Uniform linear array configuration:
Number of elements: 4
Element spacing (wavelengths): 1
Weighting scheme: blackman
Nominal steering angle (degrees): -15
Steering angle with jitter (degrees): -16.414
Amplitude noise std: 0.05
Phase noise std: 0.05

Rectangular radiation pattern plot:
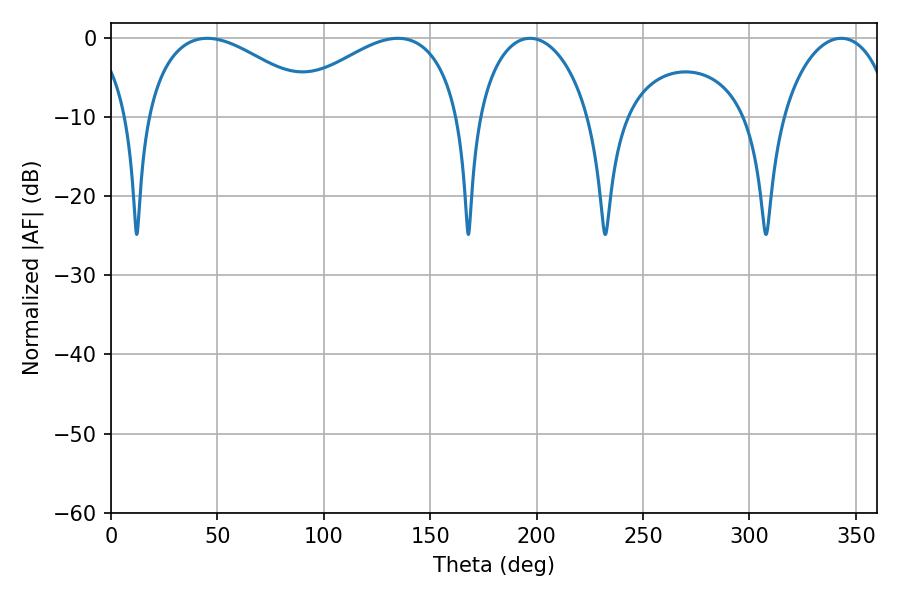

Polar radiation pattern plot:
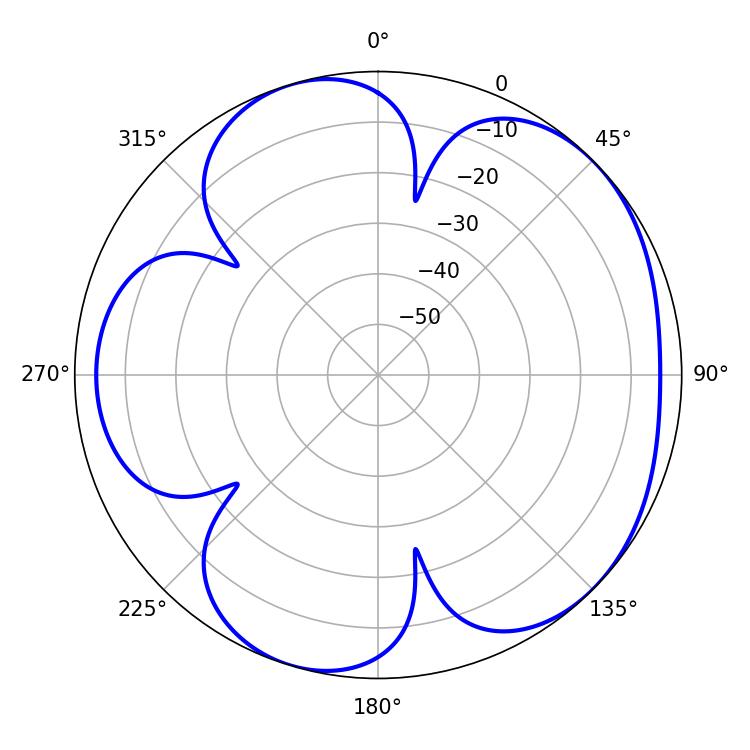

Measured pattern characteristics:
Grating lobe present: TRUE
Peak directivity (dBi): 4.924
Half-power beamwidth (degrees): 46.26
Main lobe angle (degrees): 45.18